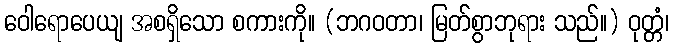
ဝေါရောပေယျ အစရှိသော စကားကို။ (ဘဂဝတာ၊ မြတ်စွာဘုရား သည်။) ဝုတ္တံ၊